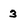
Character: 3